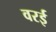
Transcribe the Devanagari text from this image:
वरई